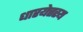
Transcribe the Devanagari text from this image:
धारयेत्तस्य